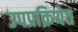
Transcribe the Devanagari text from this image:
उपप्रक्रियेत